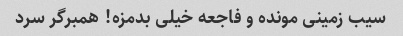
سیب زمینی مونده و فاجعه خیلی بدمزه! همبرگر سرد